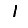
Digit: 1